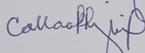
Signature authenticity: genuine